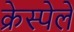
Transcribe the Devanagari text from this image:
क्रेस्पेले